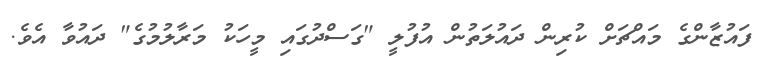
ފައުޒާންގެ މައްޗަށް ކުރިން ދައުލަތުން އުފުލީ "ގަސްދުގައި މީހަކު މަރާލުމުގެ" ދައުވާ އެވެ.